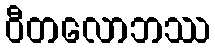
ဝီတလောဘဿ